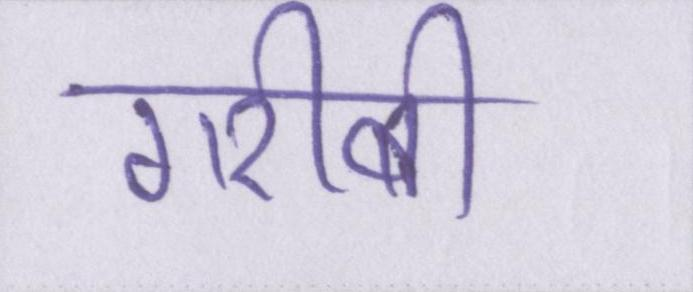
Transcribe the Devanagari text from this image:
गरीबी